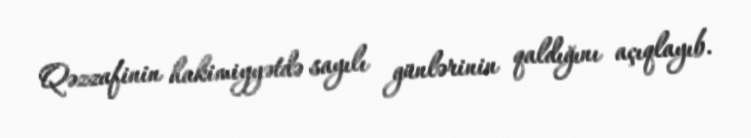
Qəzzafinin hakimiyyətdə sayılı günlərinin qaldığını açıqlayıb.